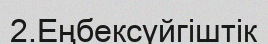
2.Еңбексүйгіштік